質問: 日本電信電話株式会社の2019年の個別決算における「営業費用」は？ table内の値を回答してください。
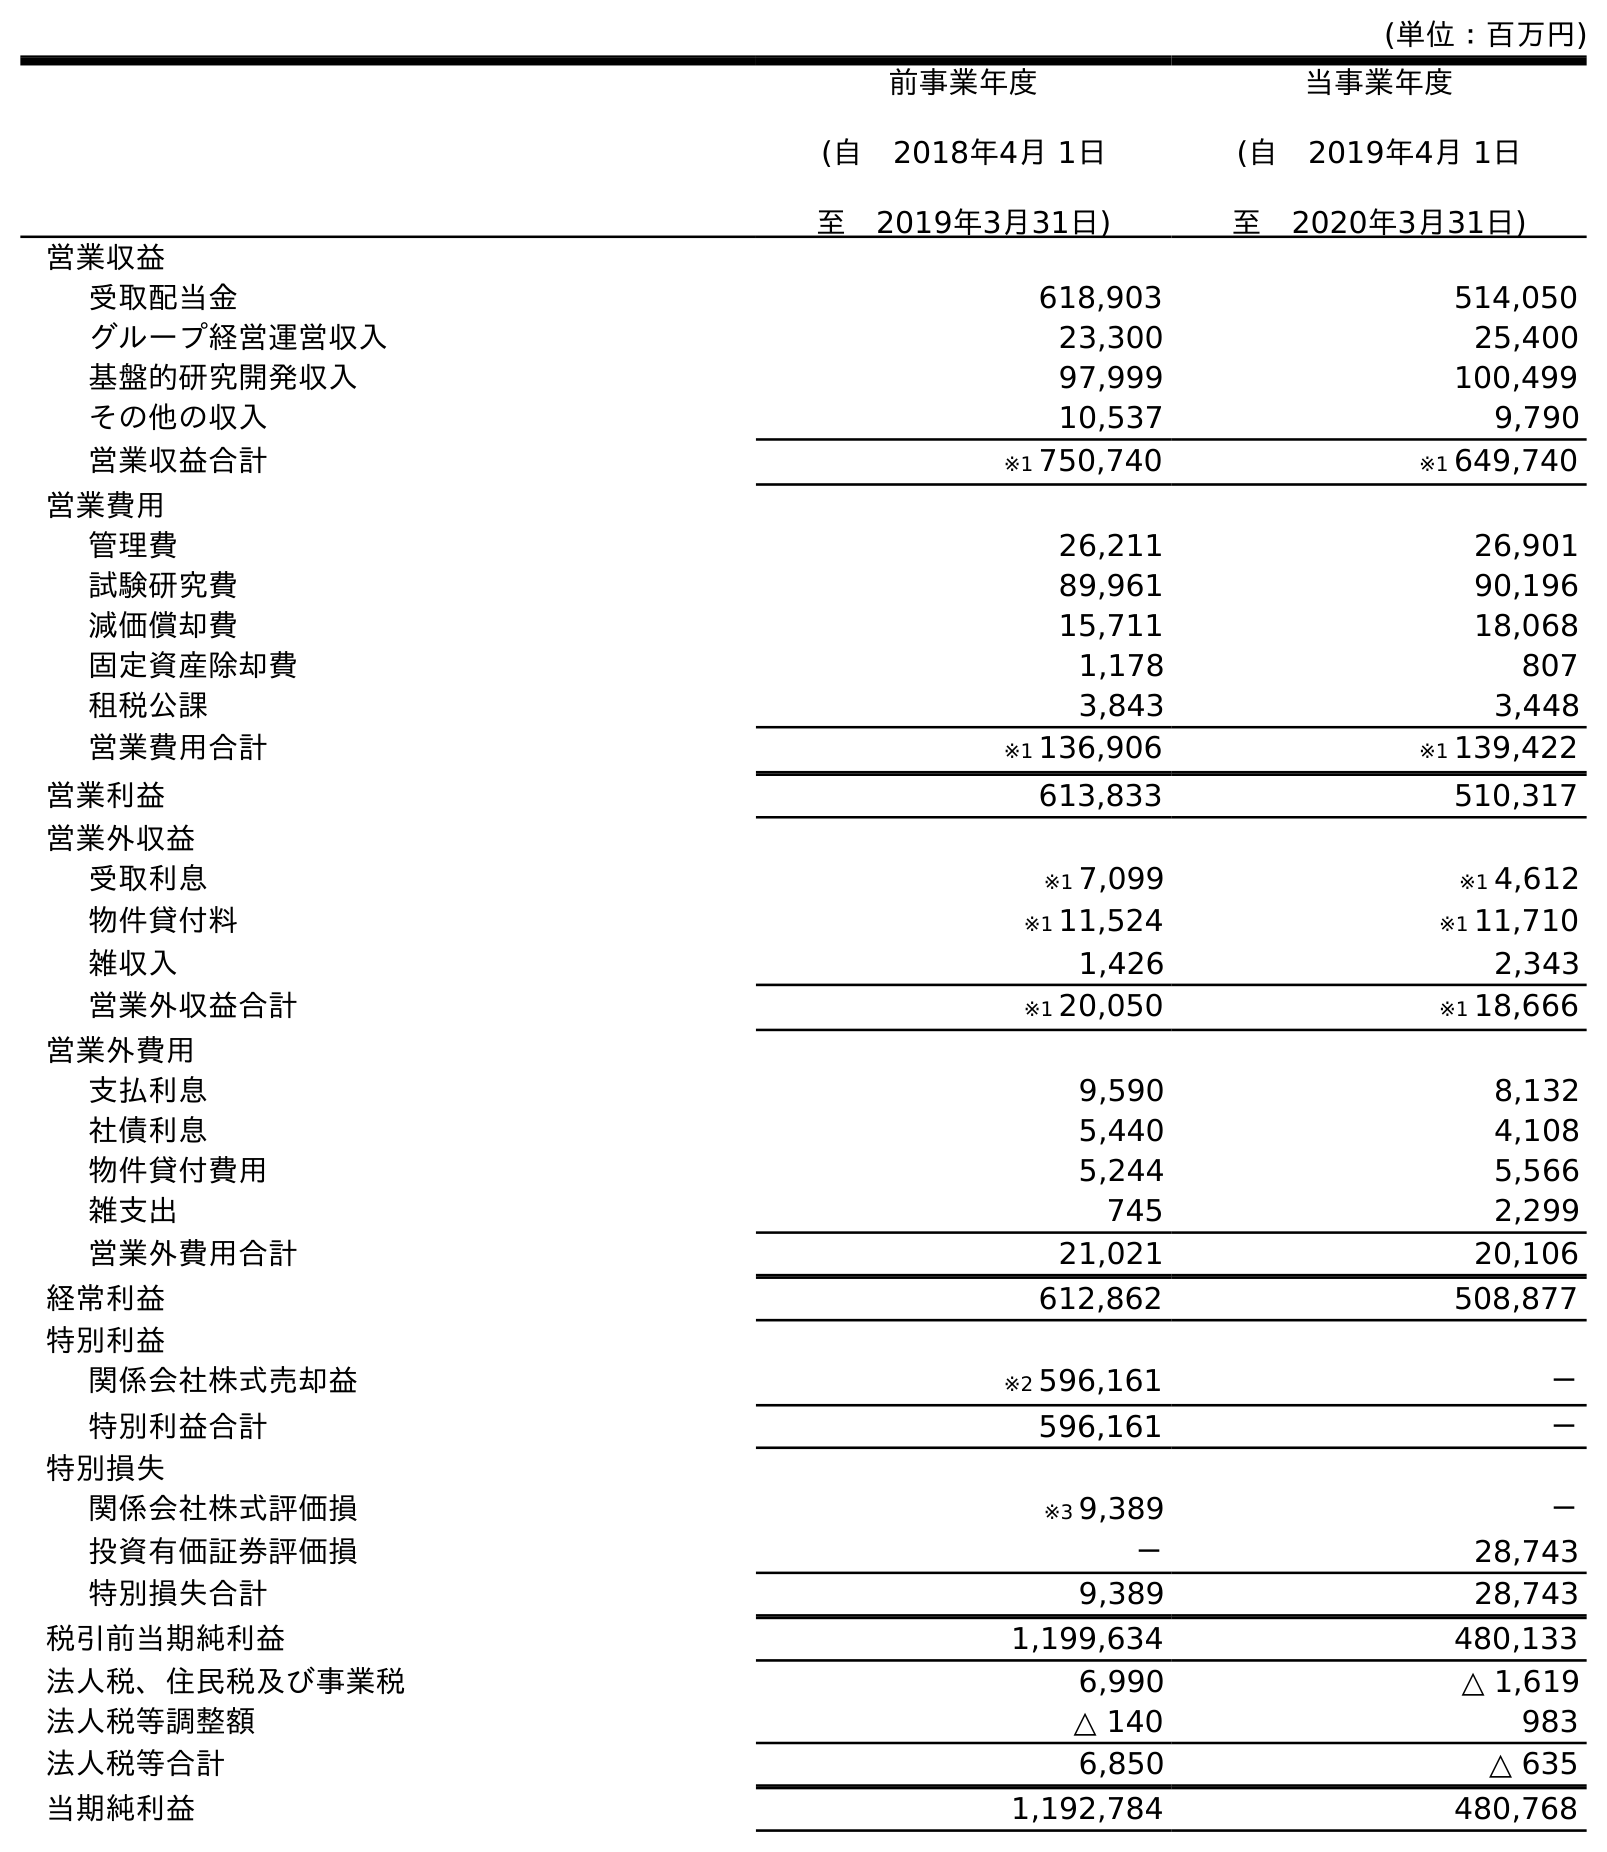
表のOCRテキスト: (単位：百万円) 前事業年度 (自 2018年4月 1日 至 2019年3月31日) 当事業年度 (自 2019年4月 1日 至 2020年3月31日) 営業収益 受取配当金 618,903 514,050 グループ経営運営収入 23,300 25,400 基盤的研究開発収入 97,999 100,499 その他の収入 10,537 9,790 営業収益合計 ※1 750,740 ※1 649,740 営業費用 管理費 26,211 26,901 試験研究費 89,961 90,196 減価償却費 15,711 18,068 固定資産除却費 1,178 807 租税公課 3,843 3,448 営業費用合計 ※1 136,906 ※1 139,422 営業利益 613,833 510,317 営業外収益 受取利息 ※1 7,099 ※1 4,612 物件貸付料 ※1 11,524 ※1 11,710 雑収入 1,426 2,343 営業外収益合計 ※1 20,050 ※1 18,666 営業外費用 支払利息 9,590 8,132 社債利息 5,440 4,108 物件貸付費用 5,244 5,566 雑支出 745 2,299 営業外費用合計 21,021 20,106 経常利益 612,862 508,877 特別利益 関係会社株式売却益 ※2 596,161 － 特別利益合計 596,161 － 特別損失 関係会社株式評価損 ※3 9,389 － 投資有価証券評価損 － 28,743 特別損失合計 9,389 28,743 税引前当期純利益 1,199,634 480,133 法人税、住民税及び事業税 6,990 △ 1,619 法人税等調整額 △ 140 983 法人税等合計 6,850 △ 635 当期純利益 1,192,784 480,768
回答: ※1136,906